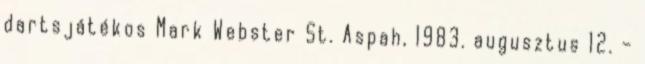
dartsjátékos Mark Webster St. Aspah, 1983. augusztus 12. –